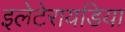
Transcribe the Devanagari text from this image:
इलेटेरायडिया